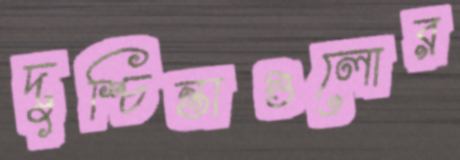
দুশ্চিন্তাগুলোর